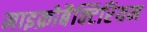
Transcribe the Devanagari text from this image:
माइक्रोबैक्टिरियम